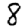
Digit: 8